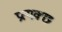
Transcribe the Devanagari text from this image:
प्रत्यक्छ